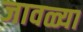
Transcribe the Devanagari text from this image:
जावळ्या